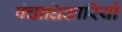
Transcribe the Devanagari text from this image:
पंचाधिकारियों